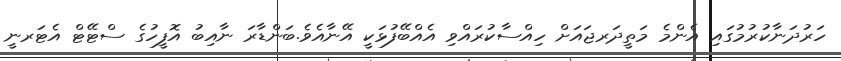
ހަރުދަނާކުރުމުގައި އެންމެ މަތީދަރޖައަށް ހިއްސާކުރައްވި އެއްބޭފުޅަކީ އޭނާއެވެ.ބަންޑާރަ ނާއިބު އޮފީހުގެ ސްޓޭޓް އެޓަރނީ